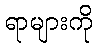
ရာများကို